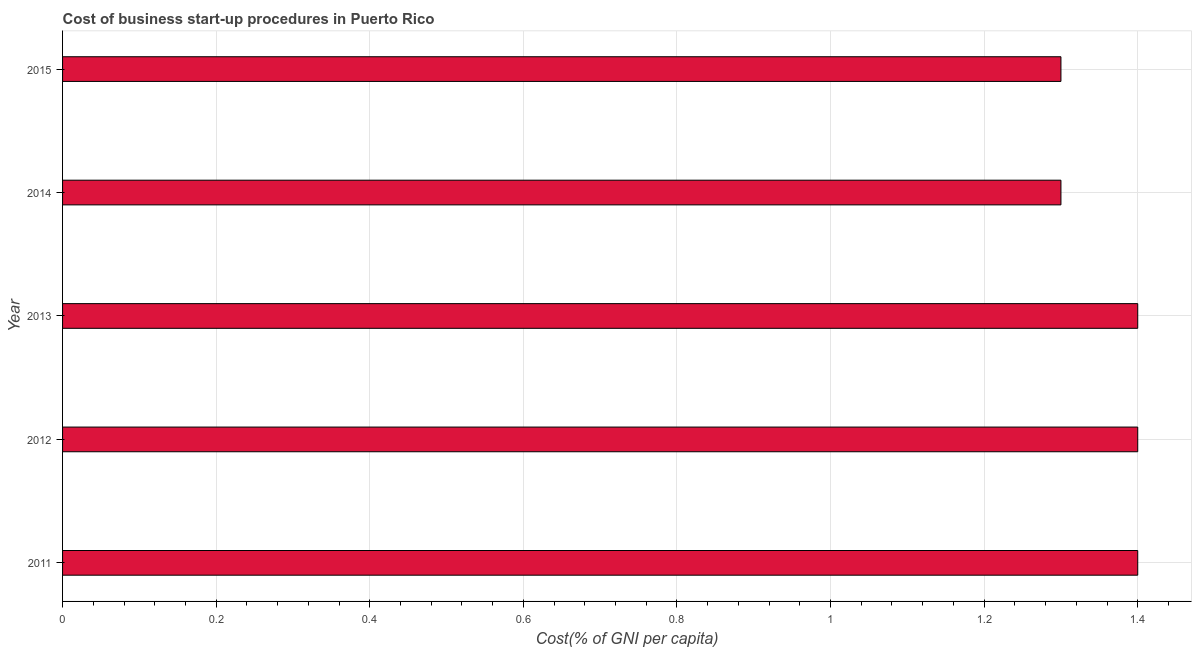
| Year | Cost |
 | --- | --- |
 | 2011 | 1.4 |
 | 2012 | 1.4 |
 | 2013 | 1.4 |
 | 2014 | 1.3 |
 | 2015 | 1.3 |